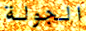
الجولة